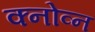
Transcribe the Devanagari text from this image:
क्नोव्न